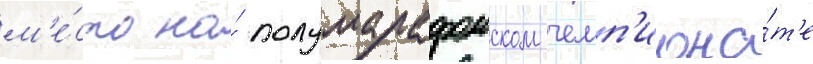
м'е́сто на́ полумарафонском чемп'иона́т'е